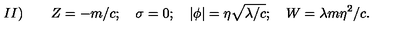
I I ) \qquad Z = - m / c ; \quad \sigma = 0 ; \quad \vert \phi \vert = \eta \sqrt { \lambda / c } ; \quad W = \lambda m \eta ^ { 2 } / c .